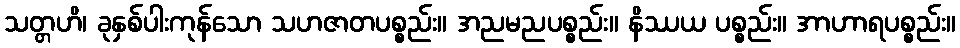
သတ္တဟိ၊ ခုနှစ်ပါးကုန်သော သဟဇာတပစ္စည်း။ အညမညပစ္စည်း။ နိဿယ ပစ္စည်း။ အာဟာရပစ္စည်း။